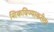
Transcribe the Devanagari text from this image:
शिकविण्याकरीता